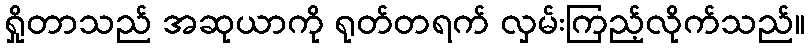
ရှိုတာသည် အဆုယာကို ရုတ်တရက် လှမ်းကြည့်လိုက်သည်။